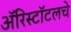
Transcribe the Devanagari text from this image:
ॲरिस्टॉटलचे